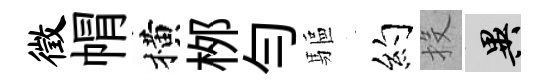
徵㡌横桞勻驅约投异